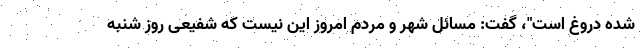
شده دروغ است"، گفت: مسائل شهر و مردم امروز این نیست که شفیعی روز شنبه